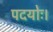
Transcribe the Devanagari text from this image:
पदयोः।